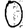
Digit: 0